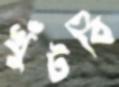
খুঁটবি